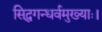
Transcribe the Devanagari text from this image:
सिद्धगन्धर्वमुख्याः।